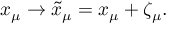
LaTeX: x _ { \mu } \to \tilde { x } _ { \mu } = x _ { \mu } + \zeta _ { \mu } .